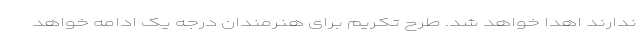
ندارند اهدا خواهد شد. طرح تکریم برای هنرمندان درجه یک ادامه خواهد